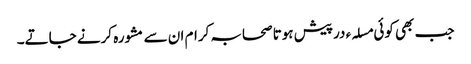
جب بھی کوئی مسلہء درپیش ہوتا صحابہ کرام ان سے مشورہ کرنے جاتے۔